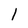
Character: I